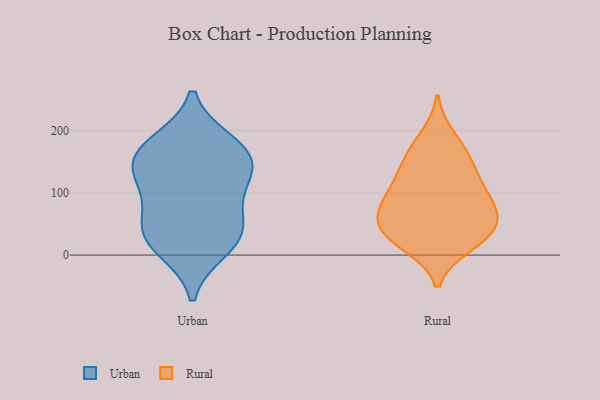
{"axis": {"x": "Headcount", "y": "Value"}, "legend": ["Rural", "Urban"], "data": [{"x": "", "y": 122, "type": "Urban"}, {"x": "", "y": 168, "type": "Urban"}, {"x": "", "y": 11, "type": "Urban"}, {"x": "", "y": 35, "type": "Urban"}, {"x": "", "y": 102, "type": "Urban"}, {"x": "", "y": 52, "type": "Urban"}, {"x": "", "y": 33, "type": "Urban"}, {"x": "", "y": 158, "type": "Urban"}, {"x": "", "y": 143, "type": "Urban"}, {"x": "", "y": 179, "type": "Urban"}, {"x": "", "y": 156, "type": "Rural"}, {"x": "", "y": 64, "type": "Rural"}, {"x": "", "y": 109, "type": "Rural"}, {"x": "", "y": 76, "type": "Rural"}, {"x": "", "y": 38, "type": "Rural"}, {"x": "", "y": 28, "type": "Rural"}, {"x": "", "y": 157, "type": "Rural"}, {"x": "", "y": 70, "type": "Rural"}, {"x": "", "y": 59, "type": "Rural"}, {"x": "", "y": 102, "type": "Rural"}, {"x": "", "y": 124, "type": "Rural"}, {"x": "", "y": 27, "type": "Rural"}, {"x": "", "y": 17, "type": "Rural"}, {"x": "", "y": 189, "type": "Rural"}]}